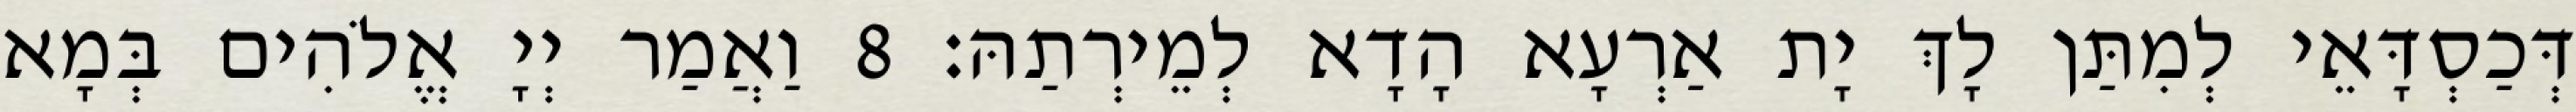
דְּכַסְדָּאֵי לְמִתַּן לָךְ יָת אַרְעָא הָדָא לְמֵירְתַהּ׃ 8 וַאֲמַר יְיָ אֱלֹהִים בְּמָא